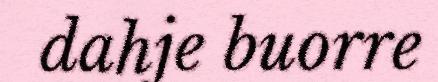
dahje buorre